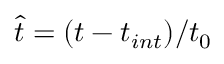
\hat { t } = ( t - t _ { i n t } ) / t _ { 0 }